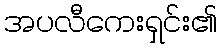
အပလီကေးရှင်း၏